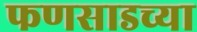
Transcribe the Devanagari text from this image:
फणसाडच्या